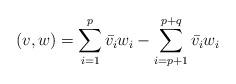
LaTeX: \begin{align*} (v,w)=\sum_{i=1}^{p}\bar{v_{i}}w_{i}-\sum_{i=p+1}^{p+q}\bar{v_{i}}w_{i}\end{align*}